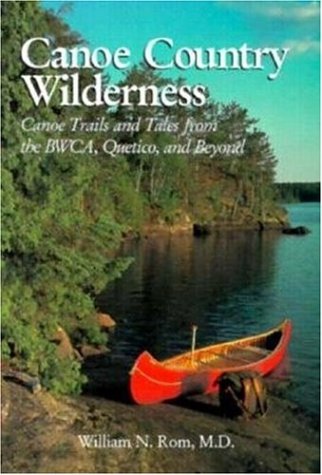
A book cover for Canoe Country Wilderness (Natural World); William Rom; Travel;